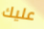
عليك